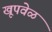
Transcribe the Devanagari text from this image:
खूपवेळ